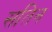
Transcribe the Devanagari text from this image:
सतिन